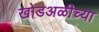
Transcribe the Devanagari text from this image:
खोडअळीच्या